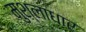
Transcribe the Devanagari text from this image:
मुश्लाधार